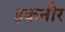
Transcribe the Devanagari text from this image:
इकनौर